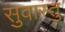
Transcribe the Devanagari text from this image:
सुवास्तु